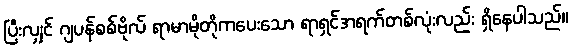
ပြီးလျှင် ဂျပန်စစ်ဗိုလ် ရာမာမိုတိုကပေးသော ရာရှင်အရက်တစ်လုံးလည်း ရှိနေပါသည်။